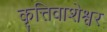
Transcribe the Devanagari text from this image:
कृत्तिवाशेश्वर